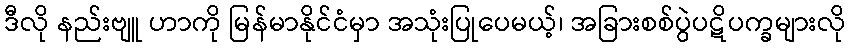
ဒီလို နည်းဗျူ ဟာကို မြန်မာနိုင်ငံမှာ အသုံးပြုပေမယ့်၊ အခြားစစ်ပွဲပဋိပက္ခများလို